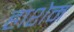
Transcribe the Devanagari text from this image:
हाशेम